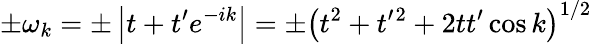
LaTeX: \pm\omega_{k}=\pm\left|t+t^{\prime}e^{-ik}\right|=\pm\left(t^{2}+t^{\prime}{}^{2}+2tt^{\prime}\cos k\right)^{1/2}